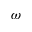
\omega